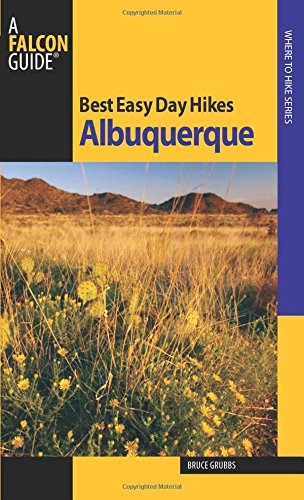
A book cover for Best Easy Day Hikes Albuquerque (Best Easy Day Hikes Series); Bruce Grubbs; Travel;